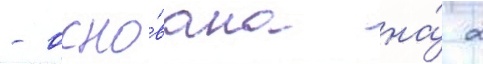
- осно́вана на́ 2